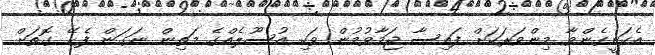
އެކަށީގެންވާ މިންވަރަކަށް ފައިސާ ޖަމާވުމުން ވަކި އުސޫލެއްގެ މަތިން ނަގަން ފެށޭ ގޮތަށް